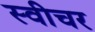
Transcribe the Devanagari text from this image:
स्वीचर